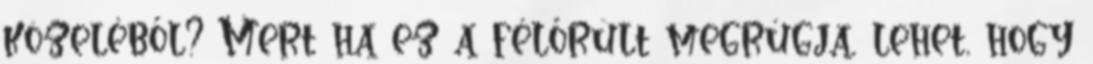
közeléből? Mert ha ez a félőrült megrúgja, lehet, hogy